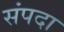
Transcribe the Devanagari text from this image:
संंपदा